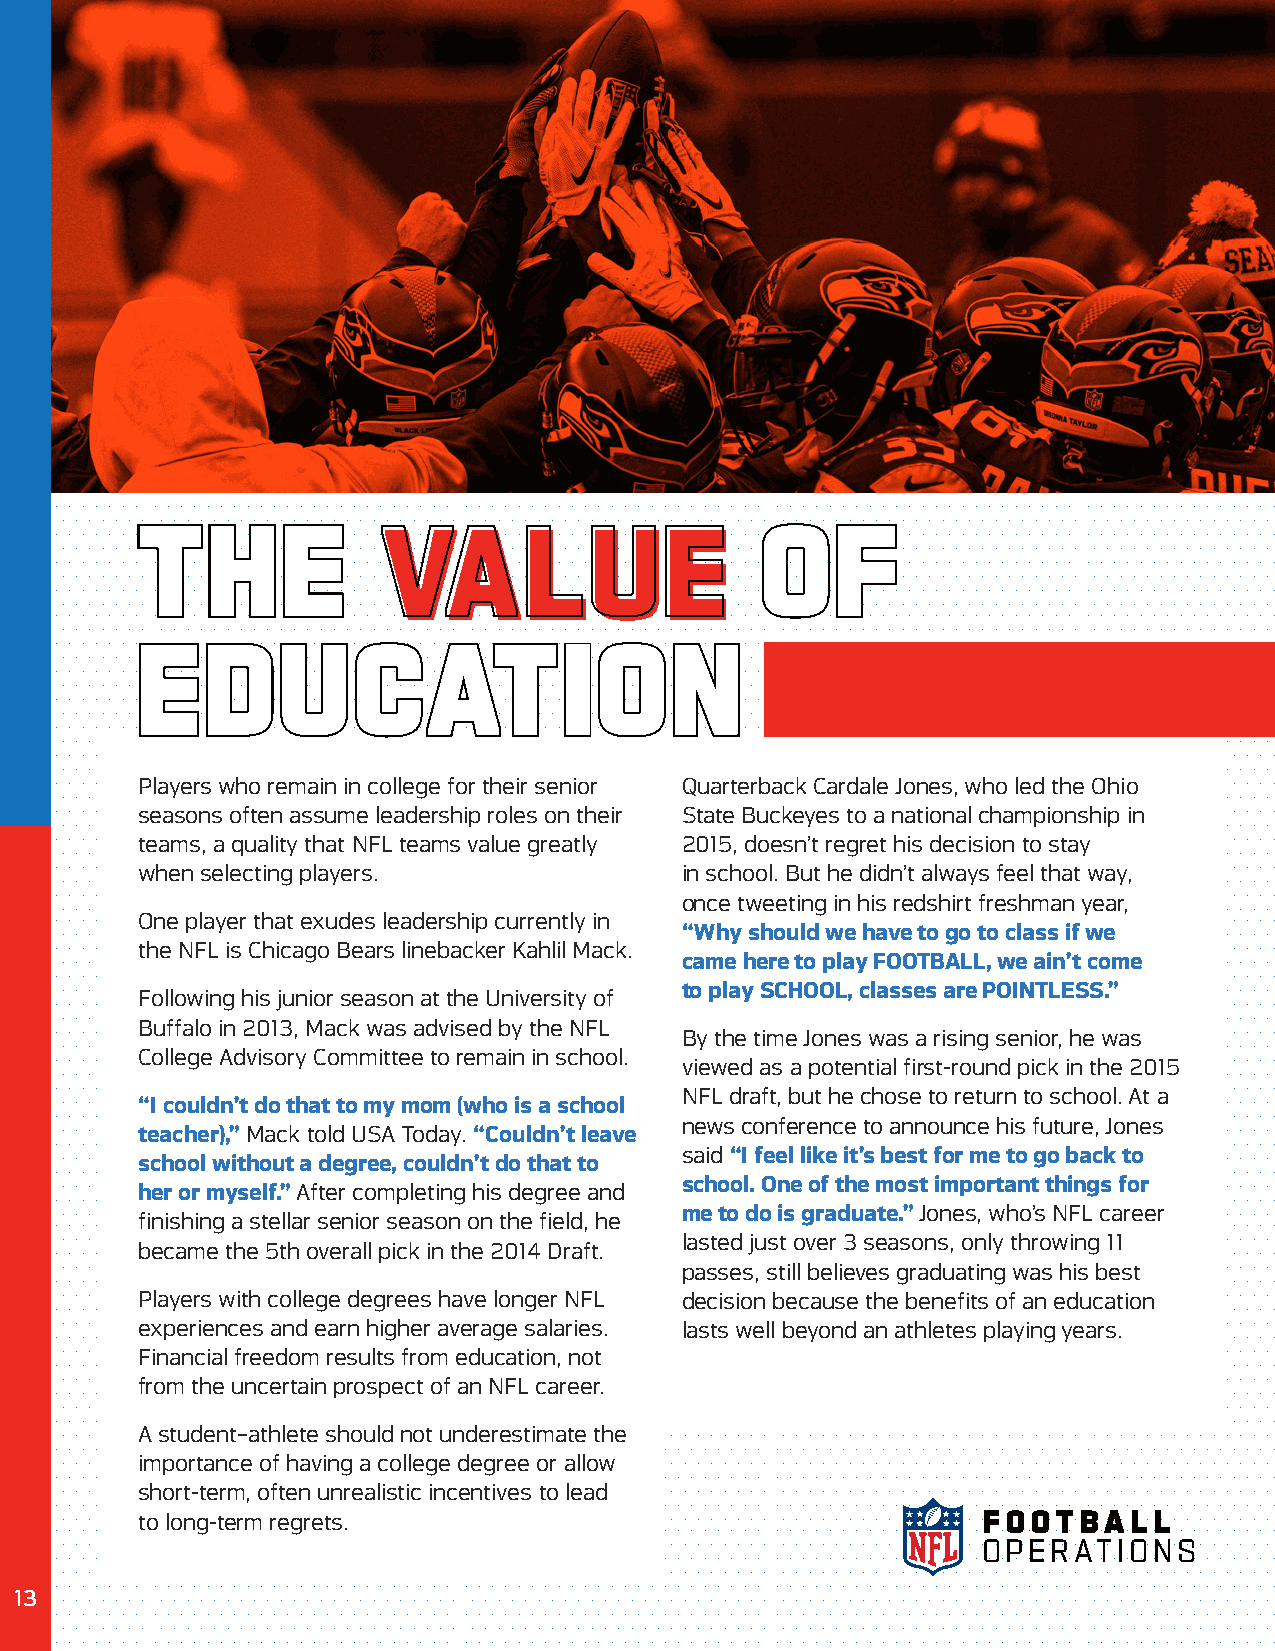
TTHHEE          VVAALLUUEE               OOFF
 EEDD      UUCCAATTII           OONN
 Players who remain in college for their senior Quarterback Cardale Jones, who led the Ohio
 seasons often assume leadership roles on their State Buckeyes to a national championship in
 teams, a quality that NFL teams value greatly 2015, doesn’t regret his decision to stay
 when selecting players.             in school. But he didn’t always feel that way,
 once tweeting in his redshirt freshman year,
 One player that exudes leadership currently in
 “Why should we have to go to class if we
 the NFL is Chicago Bears linebacker Kahlil Mack.
 came here to play FOOTBALL, we ain’t come
 to play SCHOOL, classes are POINTLESS.”
 Following his junior season at the University of
 Buffalo in 2013, Mack was advised by the NFL
 By the time Jones was a rising senior, he was
 College Advisory Committee to remain in school.
 viewed as a potential first-round pick in the 2015
 NFL draft, but he chose to return to school. At a
 “I couldn’t do that to my mom (who is a school
 news conference to announce his future, Jones
 teacher),” Mack told USA Today. “Couldn’t leave
 said “I feel like it’s best for me to go back to
 school without a degree, couldn’t do that to
 school. One of the most important things for
 her or myself.” After completing his degree and
 me to do is graduate.” Jones, who’s NFL career
 finishing a stellar senior season on the field, he
 lasted just over 3 seasons, only throwing 11
 became the 5th overall pick in the 2014 Draft.
 passes, still believes graduating was his best
 Players with college degrees have longer NFL decision because the benefits of an education
 experiences and earn higher average salaries. lasts well beyond an athletes playing years.
 Financial freedom results from education, not
 from the uncertain prospect of an NFL career.
 A student–athlete should not underestimate the
 importance of having a college degree or allow
 short-term, often unrealistic incentives to lead
 to long-term regrets.                                   F O O TBA L L
 O P E R AT I O N S
 13